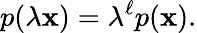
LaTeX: p(\lambda\mathbf{x})=\lambda^{\ell}p(\mathbf{x}).